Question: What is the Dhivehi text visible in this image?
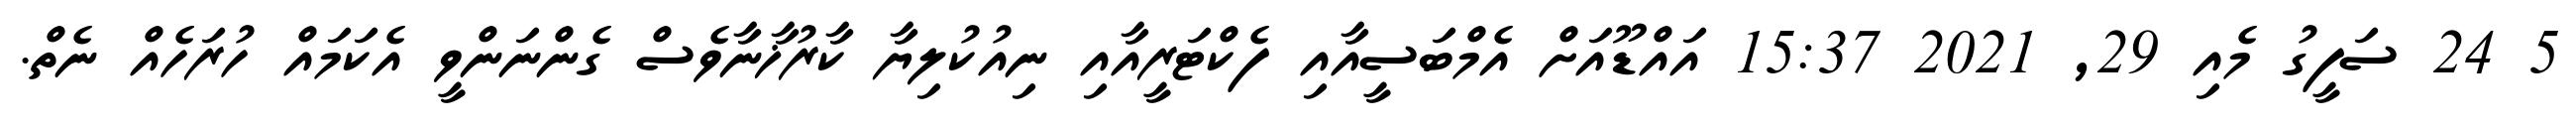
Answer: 5 24 ސަފީގު މެއި 29, 2021 15:37 އައްޑޫއަށް އެމްބަސީއާއި ފެކްޓަރީއާއި ނިއުކުލިޔާ ކާރުޚާނާވެސް ގެންނަންވީ އެކަމައް ހުރަހެއް ނެތް.